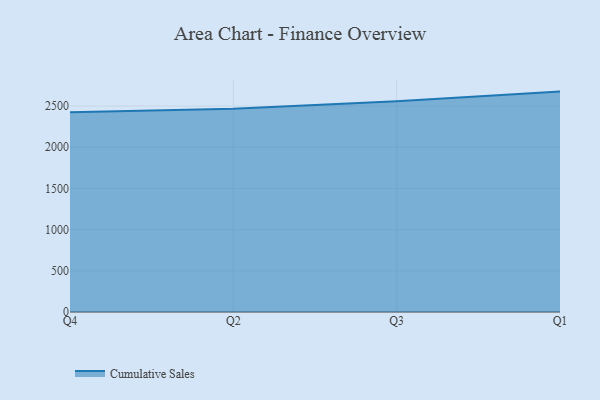
{"axis": {"x": "Quarter", "y": "Energy Usage (MWh)"}, "legend": ["Cumulative Sales"], "data": [{"x": "Q4", "y": 2423.5, "type": "Cumulative Sales"}, {"x": "Q2", "y": 2465.6, "type": "Cumulative Sales"}, {"x": "Q3", "y": 2557.1, "type": "Cumulative Sales"}, {"x": "Q1", "y": 2674.9, "type": "Cumulative Sales"}]}